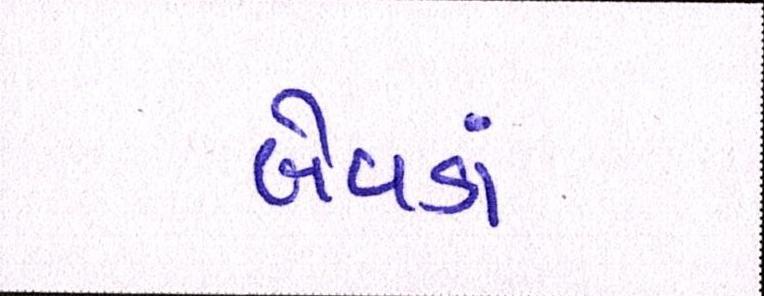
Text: બેવડાં